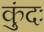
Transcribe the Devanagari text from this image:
कुंदः